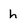
Character: h